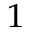
^ 1